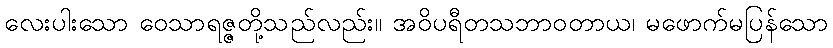
လေးပါးသော ဝေသာရဇ္ဇတို့သည်လည်း။ အဝိပရီတသဘာဝတာယ၊ မဖောက်မပြန်သော